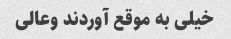
خیلی به موقع آوردند وعالی